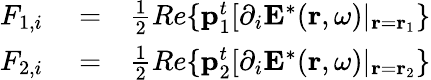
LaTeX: \begin{array}{rlr}{F_{1,i}}&{{}=}&{\frac{1}{2}Re\{ \mathbf{p}_{1}^{t}[\partial_{i}\mathbf{E}^{*}(\mathbf{r},\omega)|_{\mathbf{r}=\mathbf{r}_{1}}\} }\\ {F_{2,i}}&{{}=}&{\frac{1}{2}Re\{ \mathbf{p}_{2}^{t}[\partial_{i}\mathbf{E}^{*}(\mathbf{r},\omega)|_{\mathbf{r}=\mathbf{r}_{2}}\} }\end{array}